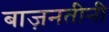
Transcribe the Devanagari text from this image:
बाज़नतीनी